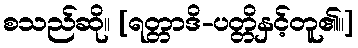
စသည်ဆို။ [ရတ္တာဒိ-ပတ္တိနှင့်တူ၏။]